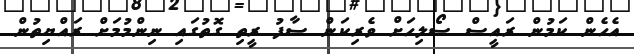
އެހެން ކަމުން ރައީސް ސޯލިހަށް ވެރިކަން ސާފު ރީތި ގޮތުގައި ނިންމުމަށް ރައްޔިތުން